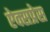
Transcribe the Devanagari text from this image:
ऐक्सप्रेस